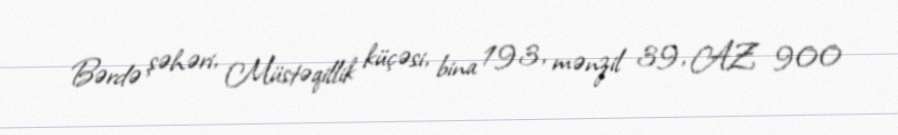
Bərdə şəhəri, Müstəqillik küçəsi, bina 193, mənzil 39, AZ 900